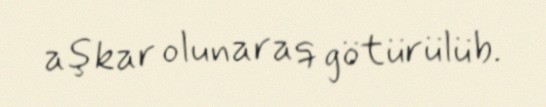
aşkar olunaraq götürülüb.